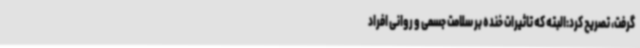
گرفت، تصریح کرد:البته که تاثیرات خنده بر سلامت جسمی و روانی افراد